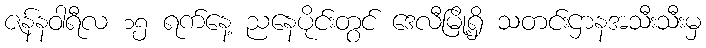
ဇန်နဝါရီလ ၁၅ ရက်နေ့ ညနေပိုင်းတွင် ဒေလီမြို့ရှိ သတင်းဌာနအသီးသီးမှ